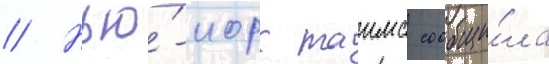
// Нью́-иорк таимс сообщи́ла